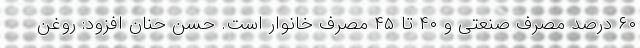
۶۰ درصد مصرف صنعتی و ۴۰ تا ۴۵ مصرف خانوار است. حسن حنان افزود: روغن